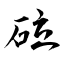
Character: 砬